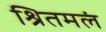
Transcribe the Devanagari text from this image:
श्रितमलं